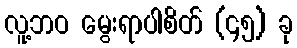
လူ့ဘဝ မွေးရာပါစိတ် (၄၅) ခု